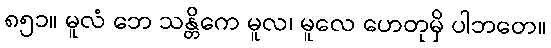
၈၅၁။ မူလံ ဘေ သန္တိကေ မူလ၊ မူလေ ဟေတုမှိ ပါဘတေ။